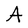
Character: A